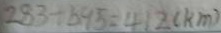
2 8 3 + 6 9 5 = 4 1 2 ( k m )